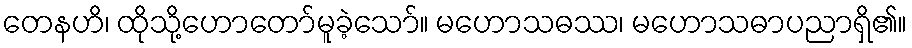
တေနဟိ၊ ထိုသို့ဟောတော်မူခဲ့သော်။ မဟောသဓဿ၊ မဟောသဓာပညာရှိ၏။